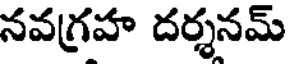
నవగ్రహ దర్శనమ్